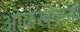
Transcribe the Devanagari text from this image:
ओळखवानां